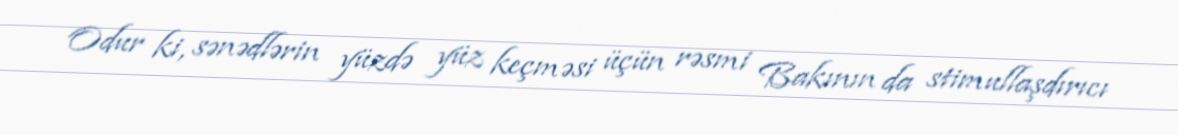
Odur ki, sənədlərin yüzdə yüz keçməsi üçün rəsmi Bakının da stimullaşdırıcı